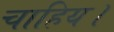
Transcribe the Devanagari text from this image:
चाहिय।